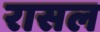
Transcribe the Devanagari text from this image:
रासल